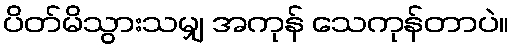
ပိတ်မိသွားသမျှ အကုန် သေကုန်တာပဲ။